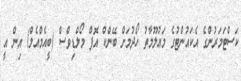
ކަސްޓަމަރުންގެ އެކައުންޓުގެ މައުލޫމާތު ހޯދުމަށް ބޭންކް އޮފް މޯލްޑިވްސް (ބީއެމްއެލް) އިން އީ